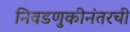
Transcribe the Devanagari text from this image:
निवडणुकीनंतरची